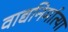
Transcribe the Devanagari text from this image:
वाद्यनिर्मात्या